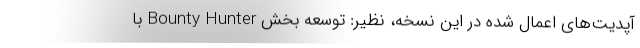
آپدیت‌های اعمال شده در این نسخه، نظیر: توسعه بخش Bounty Hunter با